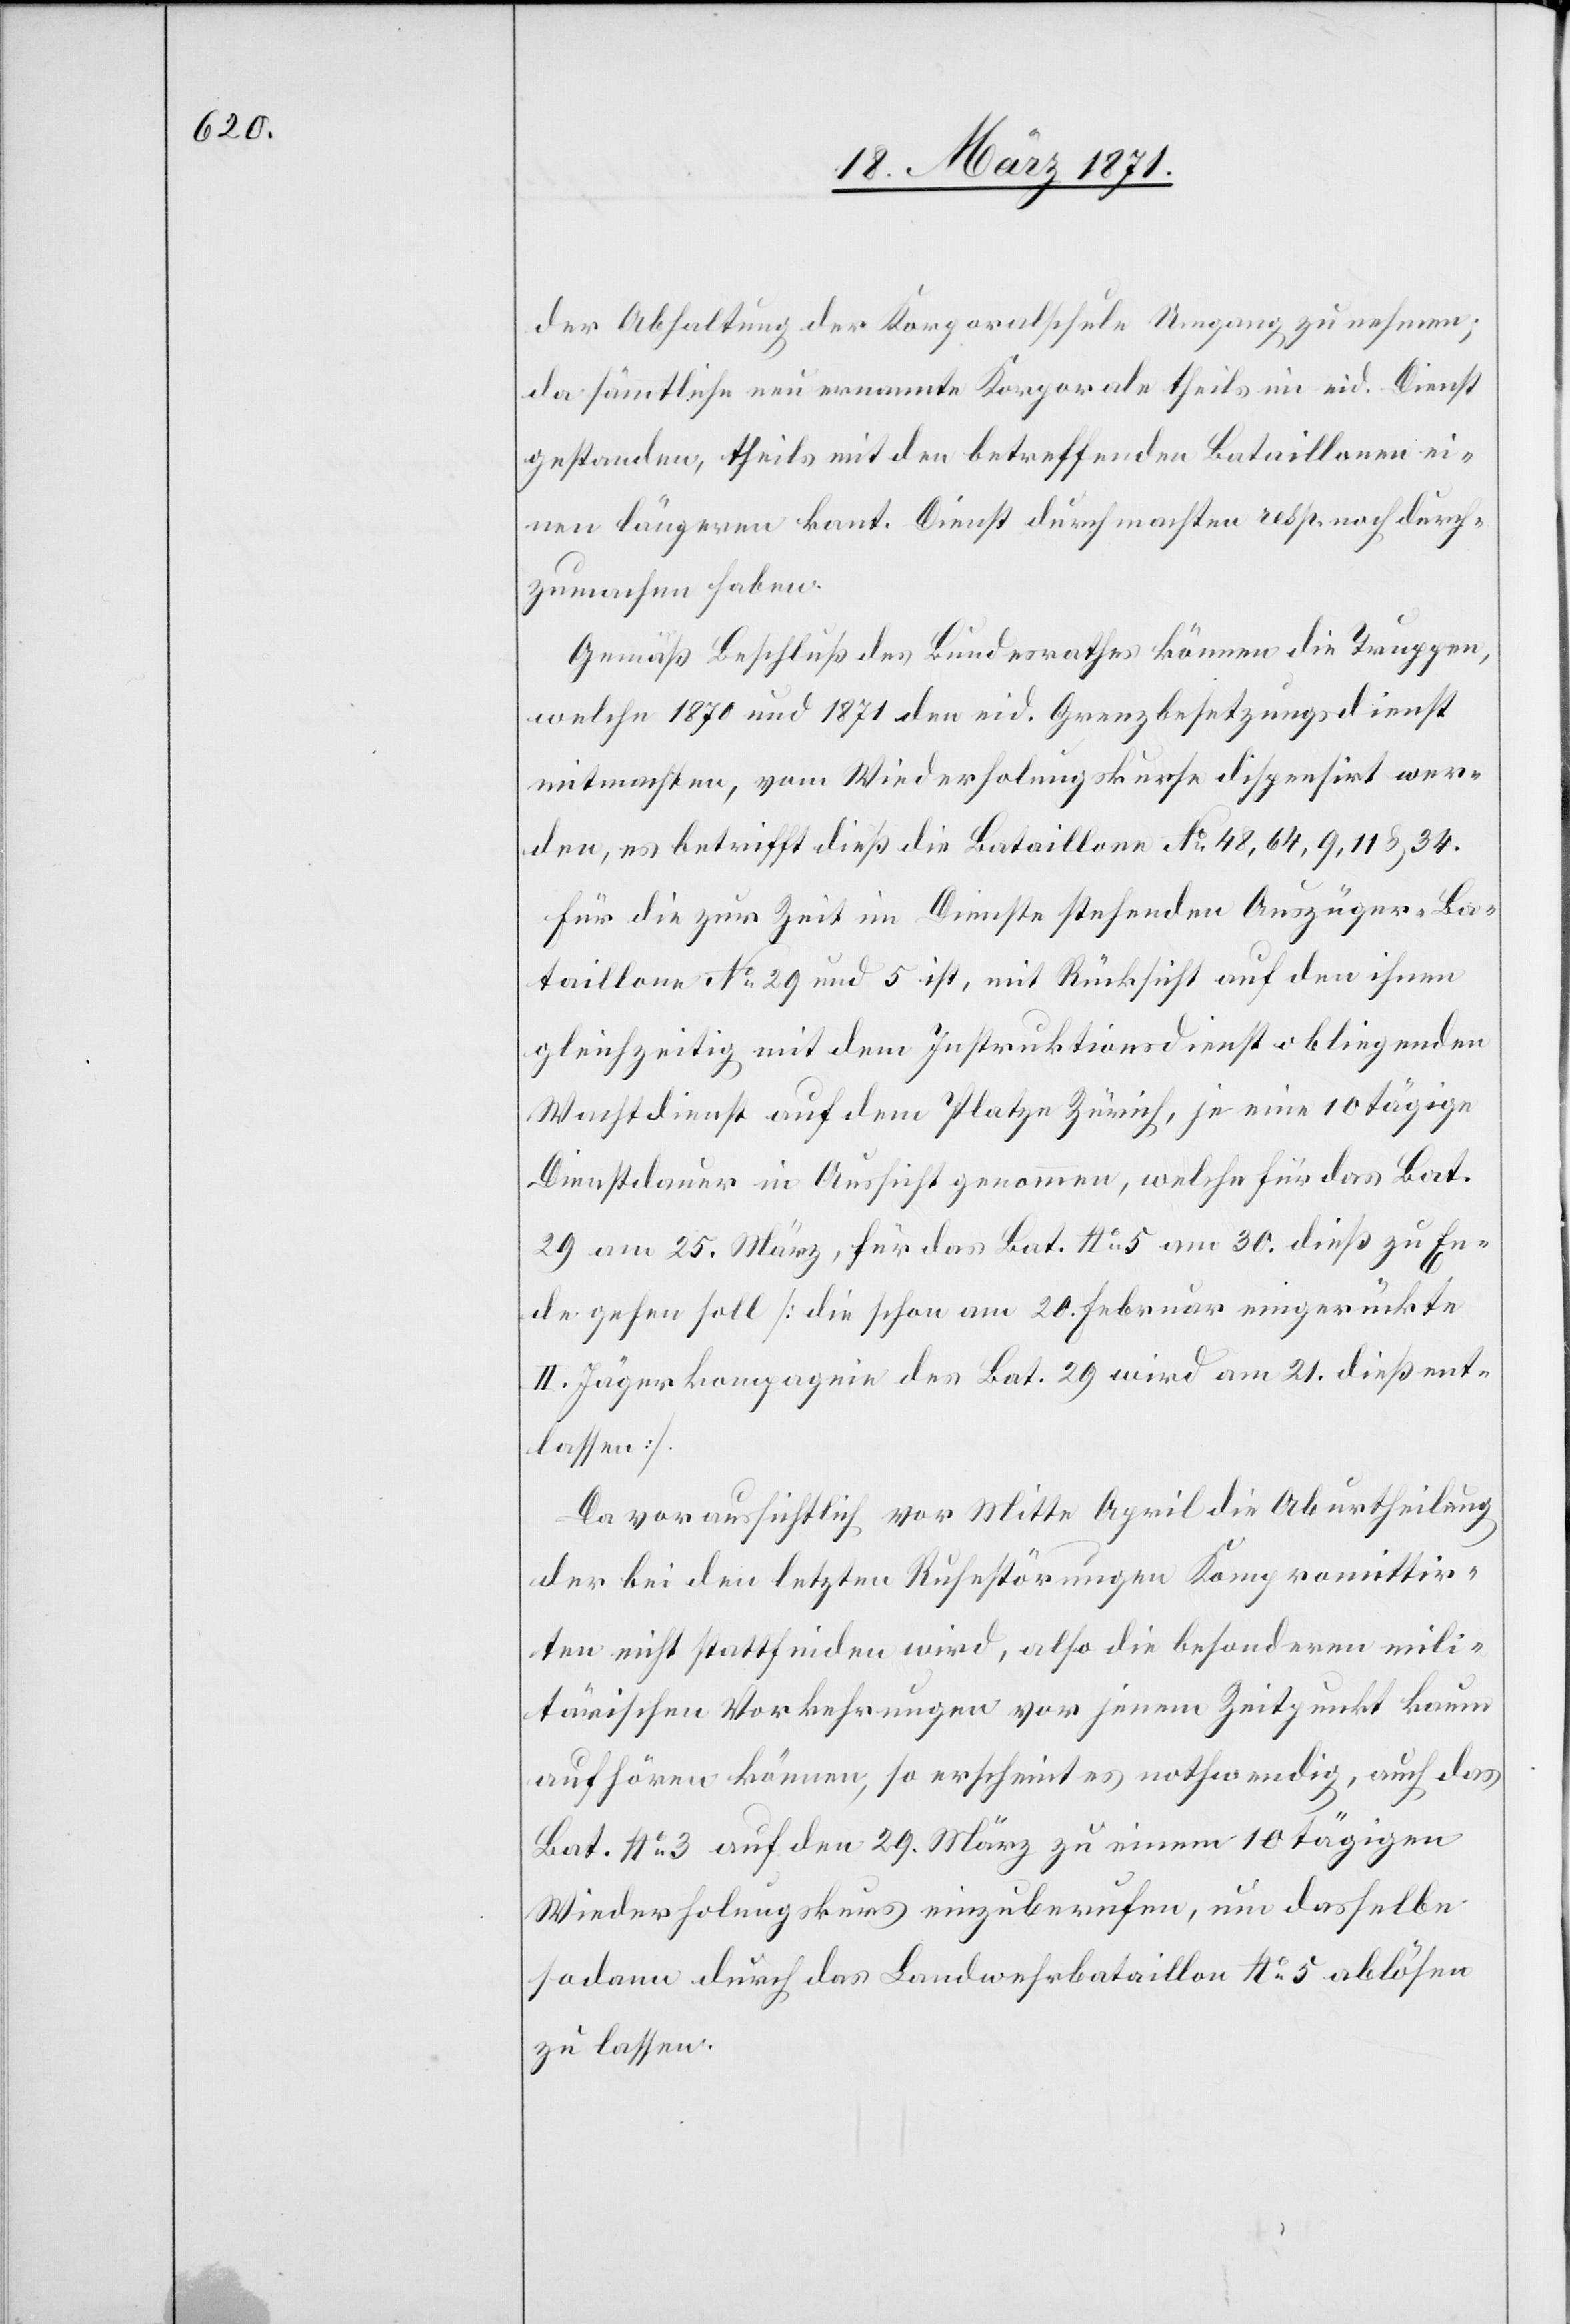
der Abhaltung der Korporalschule Umgang zu nehmen;
da sämtliche neu ernannte Korporale theils im eid. Dienst
gestanden, theils mit den betreffenden Bataillonen ei¬
nen längeren kant. Dienst durchmachten resp. noch durch¬
zumachen haben.
Gemäß Beschluß des Bundesrathes können die Truppen,
welche 1870 und 1871 den eid. Grenzbesetzungsdienst
mitmachten, vom Wiederholungskurse dispensirt wer¬
den, es betrifft dieß die Bataillone No. 48, 64, 9, 11 u. 34.
Für die zur Zeit im Dienste stehenden Auszüger-Ba¬
taillone No. 29 und 5 ist, mit Rücksicht auf den ihnen
gleichzeitig mit dem Instruktionsdienst obliegenden
Wachtdienst auf dem Platze Zürich, je eine 10 tägige
Dienstdauer in Aussicht genommen, welche für das Bat.
29 am 25. März, für das Bat. No. 5 am 30. dieß zu En¬
de gehen soll [die schon am 20. Februar eingerückte
II. Jägerkompagnie des Bat. 29 wird am 21. dieß ent¬
lassen].
Da voraussichtlich vor Mitte April die Aburtheilung
der bei den letzten Ruhestörungen Kompromittir¬
ten nicht stattfinden wird, also die besonderen mili¬
tärischen Vorkehrungen vor jenem Zeitpunkt kaum
aufhören können, so erscheint es nothwendig, auch das
Bat. No. 3 auf den 29. März zu einem 10 tägigen
Wiederholungskurs einzuberufen, um dasselbe
sodann durch das Landwehrbataillon No. 5 ablösen
zu lassen.